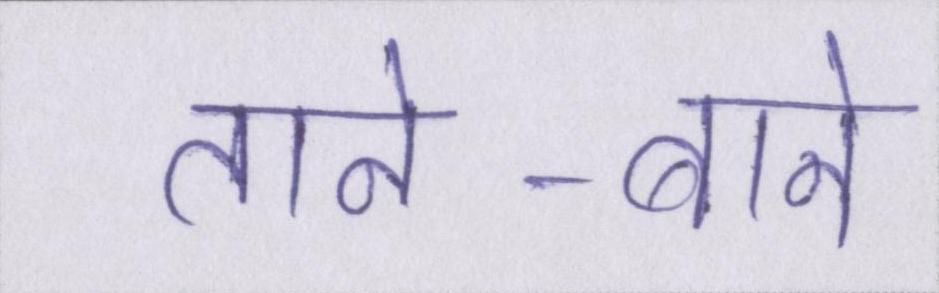
ताने-बाने